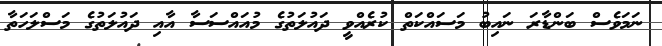
ނަމަވެސް ބަންޑާރަ ނައިބު މަސައްކަތް ކުރެއްވީ ދައުލަތުގެ މުއައްސަސާ އާއި ދައުލަތުގެ މަސްލަހަތާ